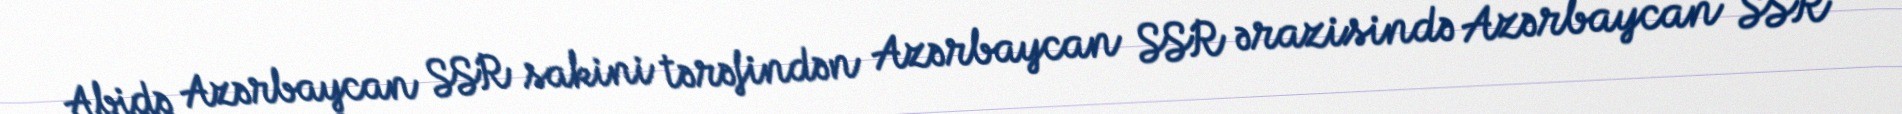
Abidə Azərbaycan SSR sakini tərəfindən Azərbaycan SSR ərazisində Azərbaycan SSR